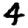
Digit: 4